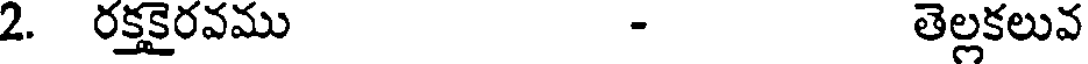
2. రక్తకైరవము - తెల్లకలువ